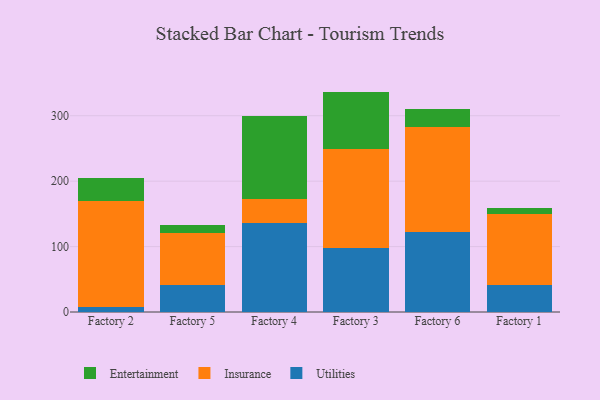
{"axis": {"x": "Factory", "y": "Satisfaction Score"}, "legend": ["Entertainment", "Insurance", "Utilities"], "data": [{"x": "Factory 2", "y": 7.1, "type": "Utilities"}, {"x": "Factory 2", "y": 163.3, "type": "Insurance"}, {"x": "Factory 2", "y": 34.6, "type": "Entertainment"}, {"x": "Factory 5", "y": 40.6, "type": "Utilities"}, {"x": "Factory 5", "y": 80.3, "type": "Insurance"}, {"x": "Factory 5", "y": 11.4, "type": "Entertainment"}, {"x": "Factory 4", "y": 136.5, "type": "Utilities"}, {"x": "Factory 4", "y": 35.9, "type": "Insurance"}, {"x": "Factory 4", "y": 126.9, "type": "Entertainment"}, {"x": "Factory 3", "y": 97.8, "type": "Utilities"}, {"x": "Factory 3", "y": 151.2, "type": "Insurance"}, {"x": "Factory 3", "y": 87.9, "type": "Entertainment"}, {"x": "Factory 6", "y": 122.8, "type": "Utilities"}, {"x": "Factory 6", "y": 159.9, "type": "Insurance"}, {"x": "Factory 6", "y": 28.1, "type": "Entertainment"}, {"x": "Factory 1", "y": 40.6, "type": "Utilities"}, {"x": "Factory 1", "y": 109.4, "type": "Insurance"}, {"x": "Factory 1", "y": 8.6, "type": "Entertainment"}]}